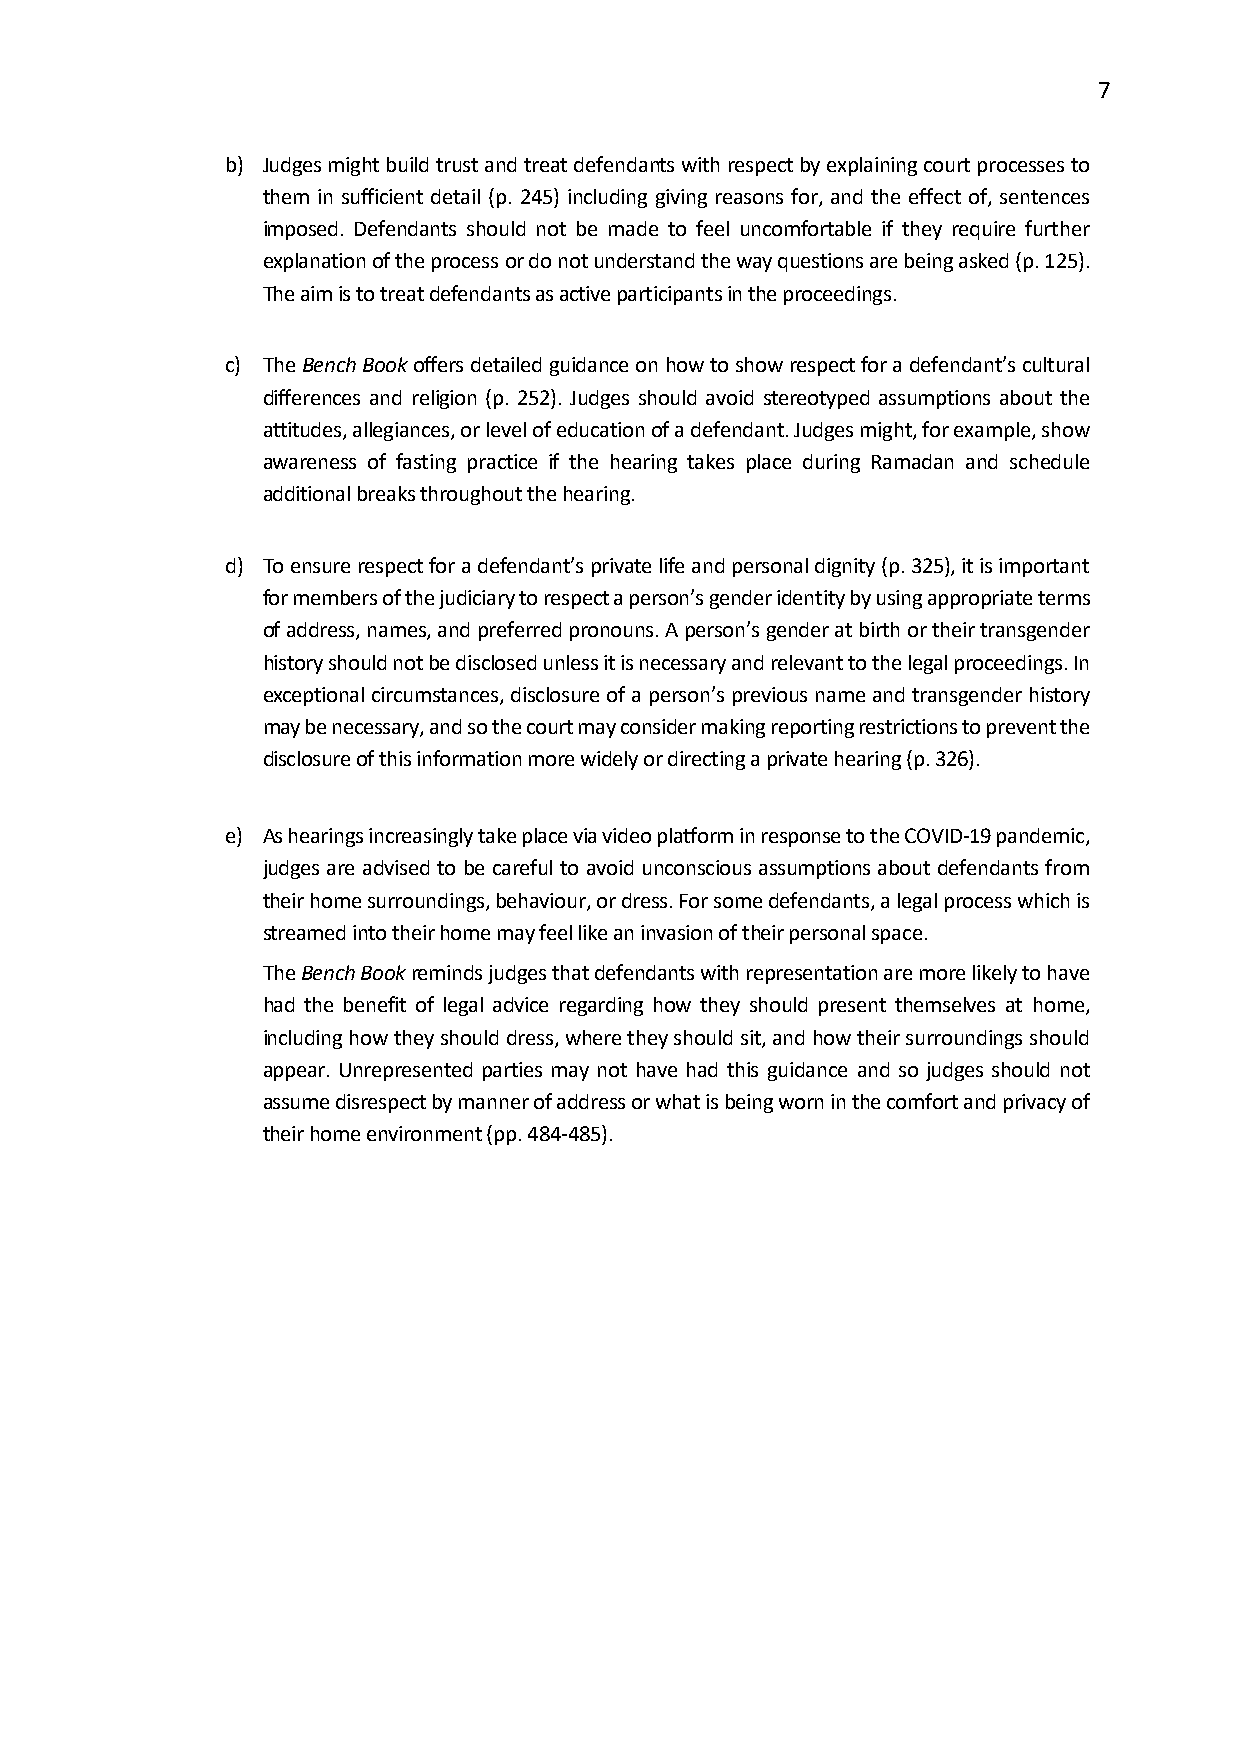
7
 b) Judges might build trust and treat defendants with respect by explaining court processes to
 them in sufficient detail (p. 245) including giving reasons for, and the effect of, sentences
 imposed. Defendants should not be made to feel uncomfortable if they require further
 explanation of the process or do not understand the way questions are being asked (p. 125).
 The aim is to treat defendants as active participants in the proceedings.
 c) The Bench Book offers detailed guidance on how to show respect for a defendant’s cultural
 differences and religion (p. 252). Judges should avoid stereotyped assumptions about the
 attitudes, allegiances, or level of education of a defendant. Judges might, for example, show
 awareness of fasting practice if the hearing takes place during Ramadan and schedule
 additional breaks throughout the hearing.
 d) To ensure respect for a defendant’s private life and personal dignity (p. 325), it is important
 for members of the judiciary to respect a person’s gender identity by using appropriate terms
 of address, names, and preferred pronouns. A person’s gender at birth or their transgender
 history should not be disclosed unless it is necessary and relevant to the legal proceedings. In
 exceptional circumstances, disclosure of a person’s previous name and transgender history
 may be necessary, and so the court may consider making reporting restrictions to prevent the
 disclosure of this information more widely or directing a private hearing (p. 326).
 e) As hearings increasingly take place via video platform in response to the COVID-19 pandemic,
 judges are advised to be careful to avoid unconscious assumptions about defendants from
 their home surroundings, behaviour, or dress. For some defendants, a legal process which is
 streamed into their home may feel like an invasion of their personal space.
 The Bench Book reminds judges that defendants with representation are more likely to have
 had the benefit of legal advice regarding how they should present themselves at home,
 including how they should dress, where they should sit, and how their surroundings should
 appear. Unrepresented parties may not have had this guidance and so judges should not
 assume disrespect by manner of address or what is being worn in the comfort and privacy of
 their home environment (pp. 484-485).